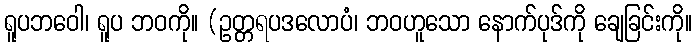
ရူပဘဝေါ၊ ရူပ ဘဝကို။ (ဥတ္တရပဒလောပံ၊ ဘဝဟူသော နောက်ပုဒ်ကို ချေခြင်းကို။